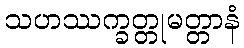
သဟဿက္ခတ္တုမတ္တာနံ